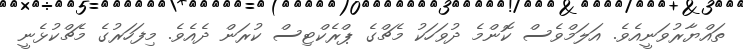
ތައްޔާރުވަނީއެވެ. އަލަމްވެސް ކޮންމެ ދުވަހަކު މެޗްގެ ޕްރެކްޓިސް ކުރަން ދެއެވެ. މިފަހަރުގެ މެޗްކުޅެނީ